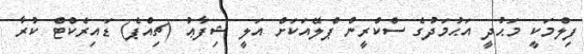
ފިލްމަކީ މަޙުދީ އަޙުމަދުގެ ސްކްރީން ޕްލޭއަކަށް އަލީ ޝިފާޢު (ޗިއްޕެ) ޑައިރެކްޓް ކުރާ